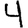
Digit: 4